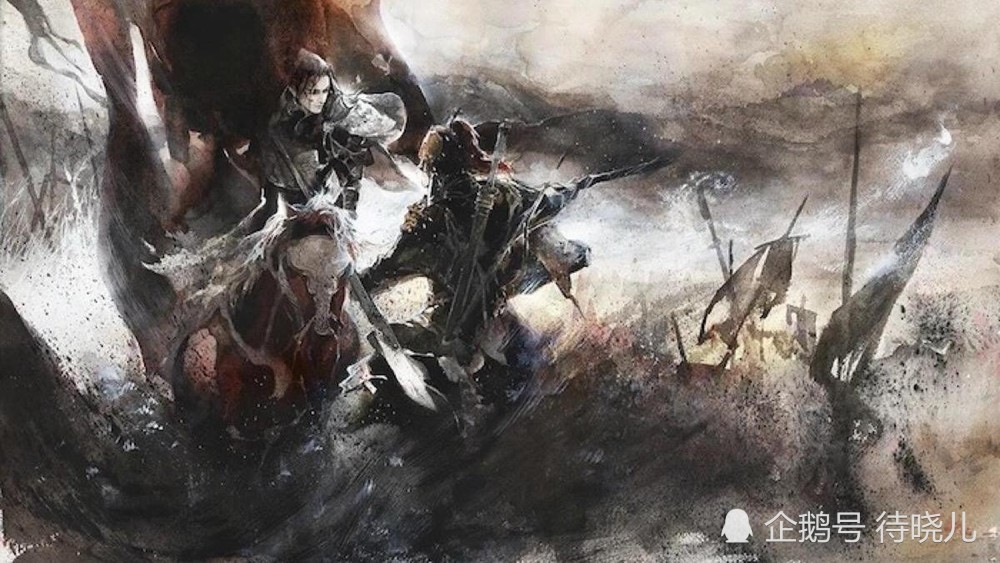
半卷红旗临易水，霜重鼓寒声不起。